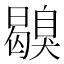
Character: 𦤪